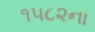
૧૫૮૨ના